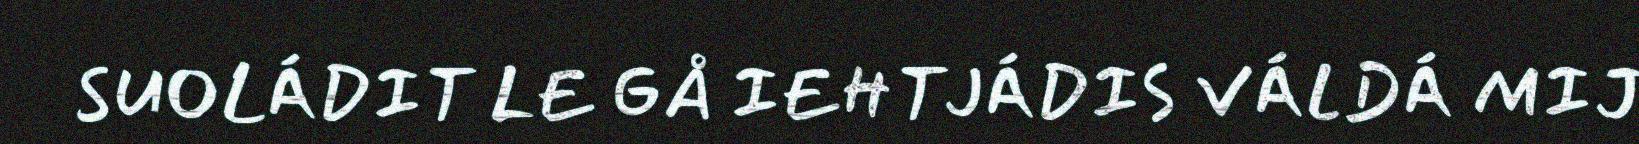
SUOLÁDIT LE GÅ IEHTJÁDIS VÁLDÁ MIJ